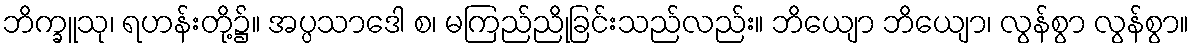
ဘိက္ခူသု၊ ရဟန်းတို့၌။ အပ္ပသာဒေါ စ၊ မကြည်ညိုခြင်းသည်လည်း။ ဘိယျော ဘိယျော၊ လွန်စွာ လွန်စွာ။